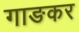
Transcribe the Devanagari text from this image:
गाङकर